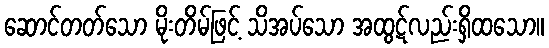
ဆောင်တတ်သော မိုးတိမ်ဖြင့် သိအပ်သော အထွဋ်လည်းရှိထသော။